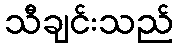
သီချင်းသည်